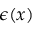
\epsilon ( x )